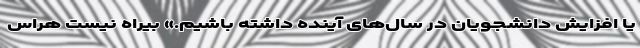
یا افزایش دانشجویان در سال‌های آینده داشته باشیم.» بیراه نیست هراس